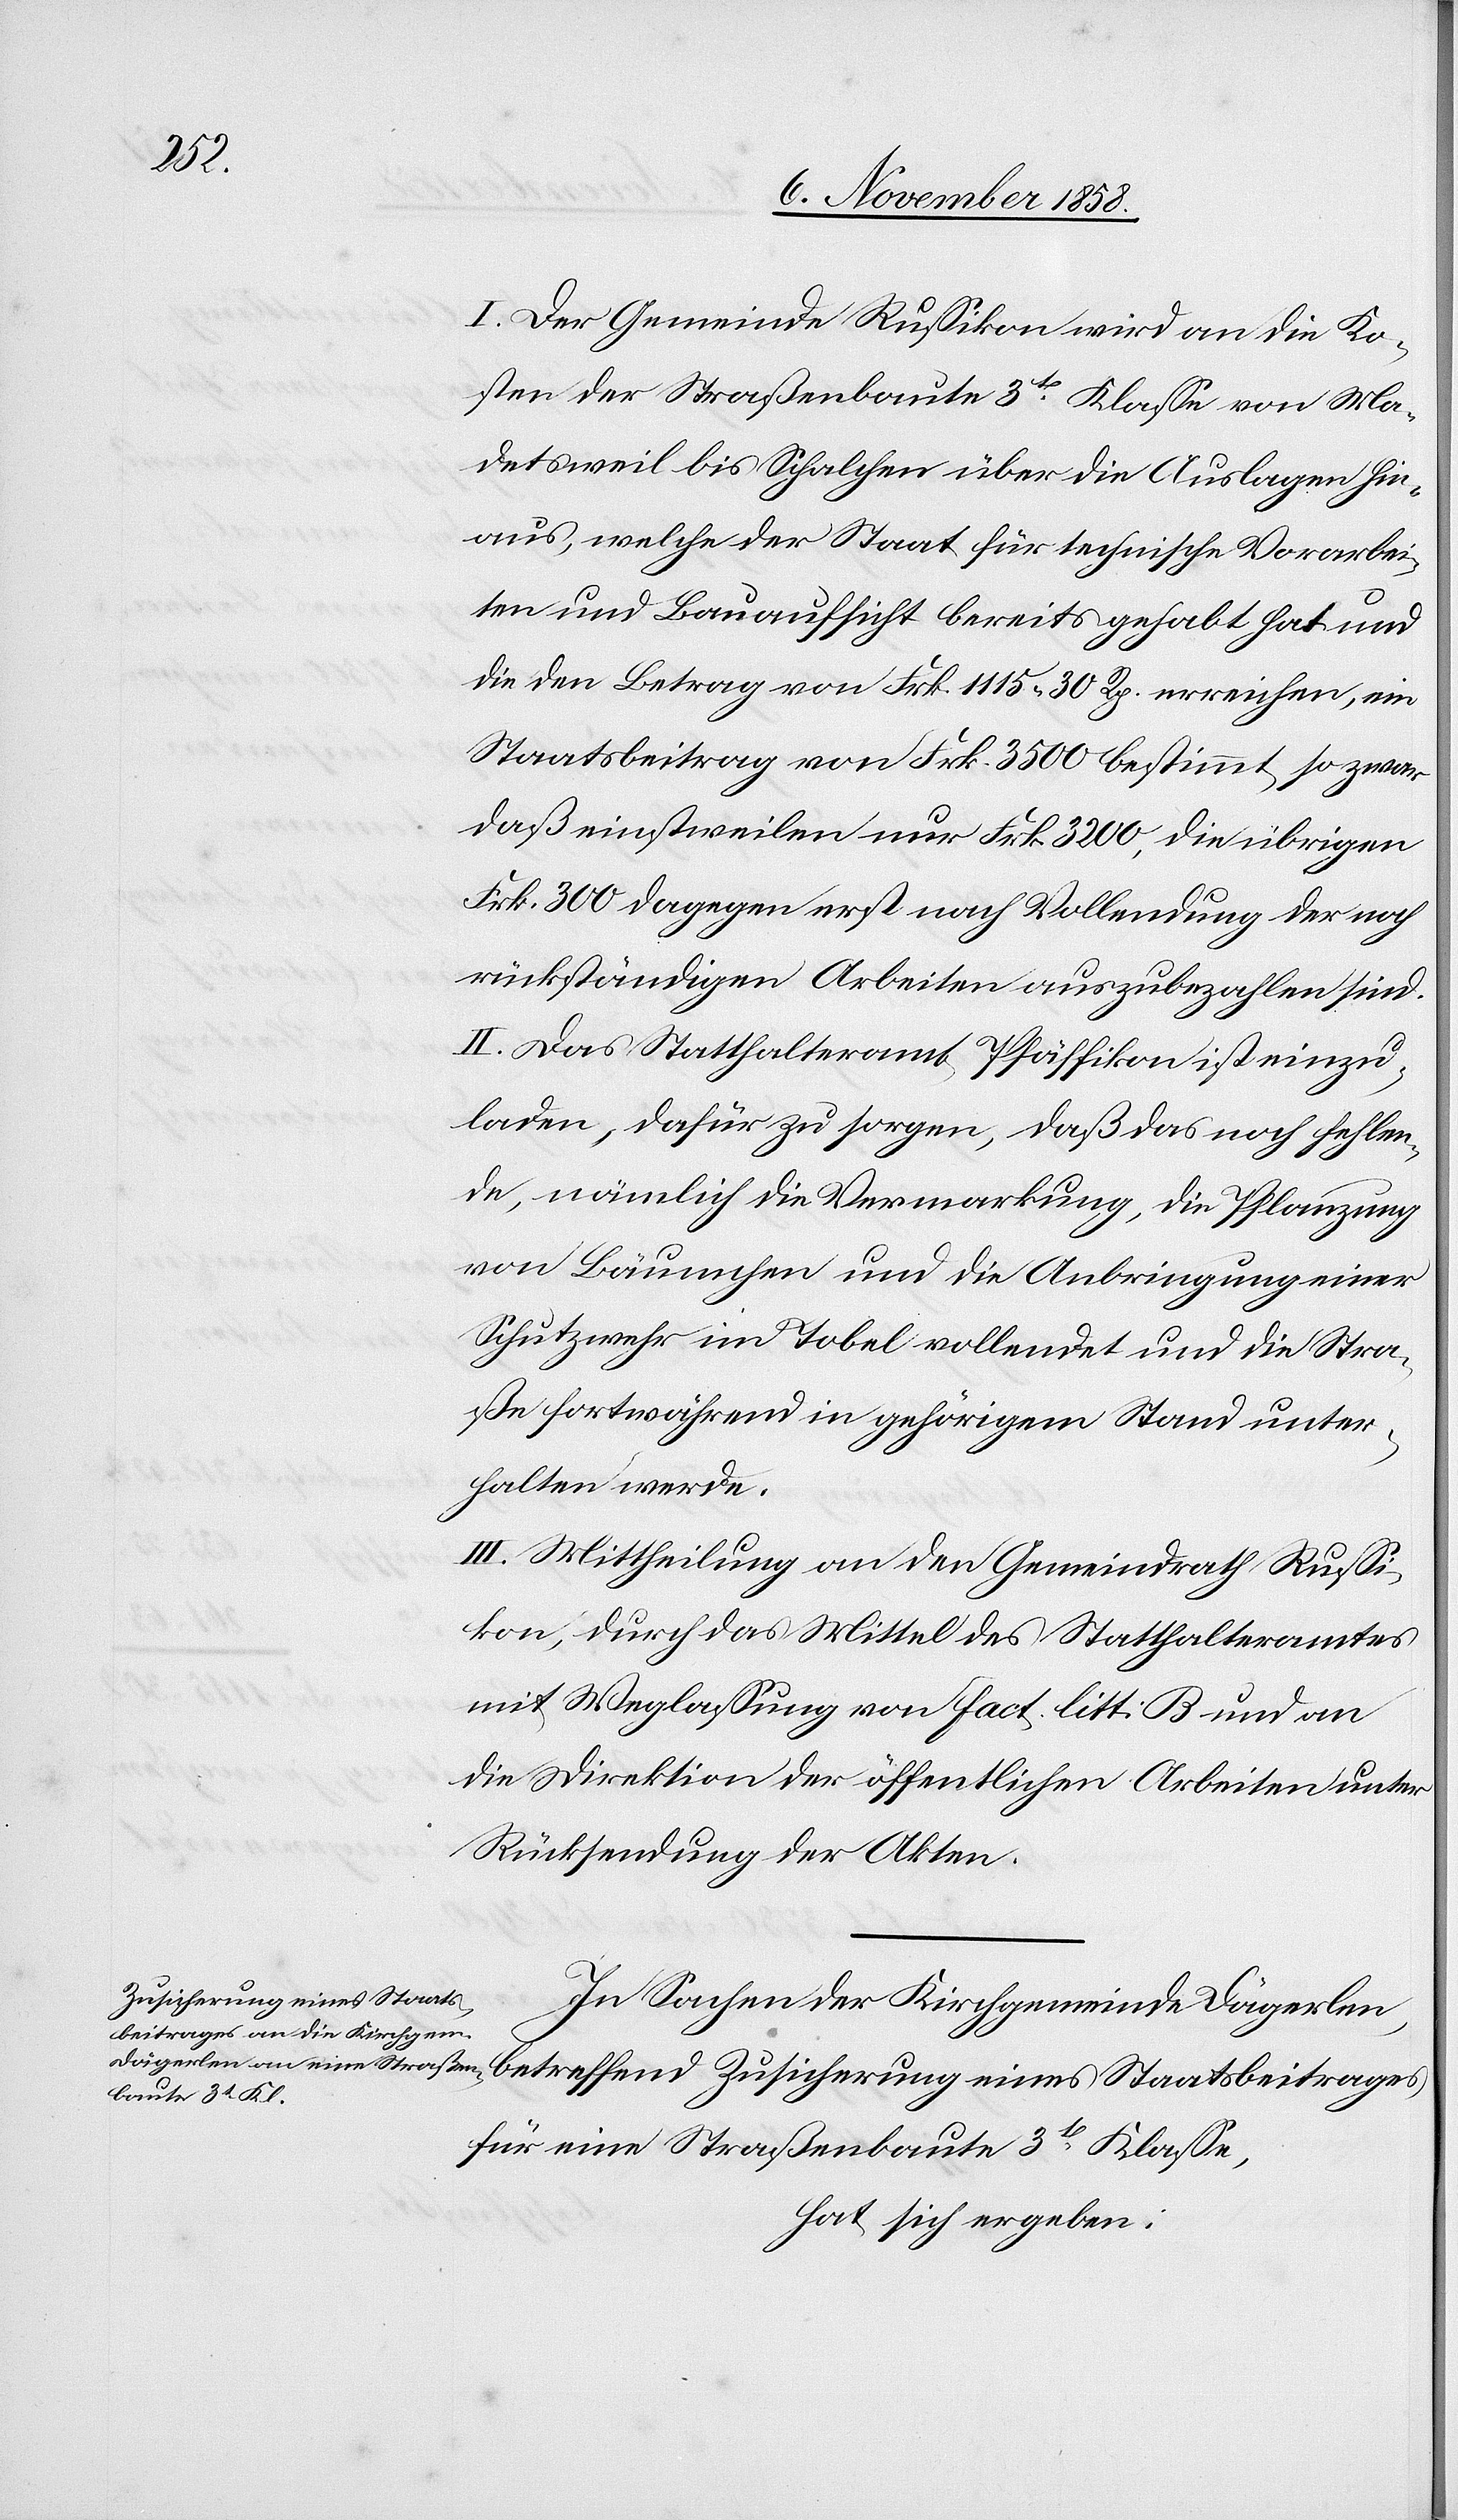
ages

I. Der Gemeinde Russikon wird an die Ko¬
sten der Straßenbaute 3t Klasse von Ma¬
detsweil bis Schalchen über die Auslagen hin¬
aus, welche der Staat für technische Vorarbei¬
ten und Bauaufsicht bereits gehabt hat und
die den Betrag von Frk. 1115. 30 Rp. erreichen, ein
Staatsbeitrag von Frk. 3500 bestimmt, so zwar
daß einstweilen nur Frk. 3200, die übrigen
Frk. 300 dagegen erst nach Vollendung der noch
rückständigen Arbeiten auszubezahlen sind.
II. Das Statthalteramt Pfäffikon ist einzu¬
laden, dafür zu sorgen, daß das noch fehlen¬
de, nämlich die Vermarkung, die Pflanzung
von Bäumchen und die Anbringung einer
Schutzwehr im Tobel vollendet und die Stra¬
ße fortwährend in gehörigem Stand unter¬
halten werde.
III. Mittheilung an den Gemeindrath Russi¬
kon, durch das Mittel des Statthalteramtes
mit Weglassung von Fact. litt: B und an
die Direktion der öffentlichen Arbeiten unter
Rücksendung der Akten.
Zusicherung eines Staats¬
In Sachen der Kirchgemeinde Dägerlen,
für eine Straßenbaute 3t Klasse,
hat sich ergeben: